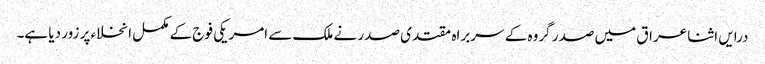
درایں اثنا عراق میں صدر گروہ کے سربراہ مقتدی صدر نے ملک سے امریکی فوج کے مکمل انخلاء پر زور دیا ہے۔